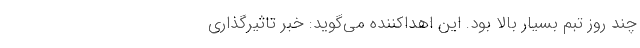
چند روز تبم بسیار بالا بود. این اهداکننده می‌گوید: خبر تاثیرگذاری